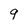
Character: 9